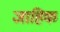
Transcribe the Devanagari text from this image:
जाहिक